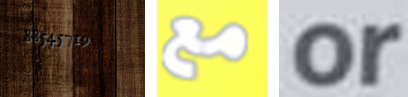
88545719 مع or